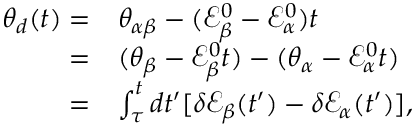
\begin{array} { r l } { \theta _ { d } ( t ) = } & { \theta _ { \alpha \beta } - ( \mathcal { E } _ { \beta } ^ { 0 } - \mathcal { E } _ { \alpha } ^ { 0 } ) t } \\ { = } & { ( \theta _ { \beta } - \mathcal { E } _ { \beta } ^ { 0 } t ) - ( \theta _ { \alpha } - \mathcal { E } _ { \alpha } ^ { 0 } t ) } \\ { = } & { \int _ { \tau } ^ { t } d t ^ { \prime } [ \delta \mathcal { E } _ { \beta } ( t ^ { \prime } ) - \delta \mathcal { E } _ { \alpha } ( t ^ { \prime } ) ] , } \end{array}